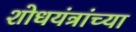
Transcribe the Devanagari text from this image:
शोधयंत्रांच्या